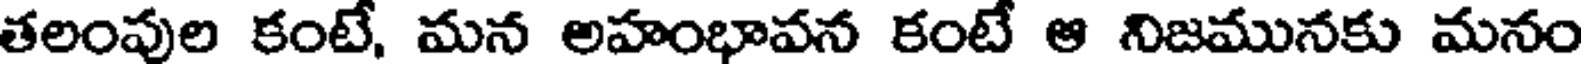
తలంపుల కంటే, మన అహంభావన కంటే ఆ నిజమునకు మనం